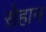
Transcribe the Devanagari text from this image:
सेहान